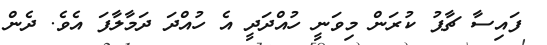
ފައިސާ ޗާޕު ކުރަން މިވަނީ ހުއްދަދީ އެ ހުއްދަ ދަމާލާފަ އެވެ. ދެން